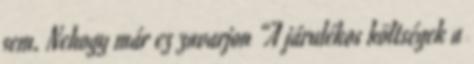
sem. Nehogy már ez zavarjon “A járulékos költségek a